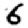
Digit: 6